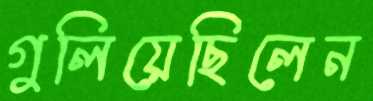
গুলিয়েছিলেন